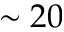
\sim 2 0